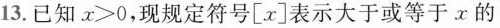
13.已知$$x>0$$，现规定符号[x]表示大于或等于x的